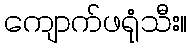
ကျောက်ဖရုံသီး။